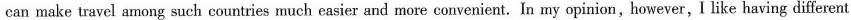
can make travel among such countries much easier and more convenient.In my opinion,however,I like having different